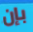
بإن